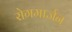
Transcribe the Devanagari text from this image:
रोगमार्जन